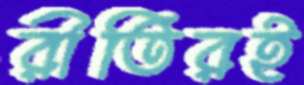
রীতিরই